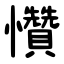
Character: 㦫